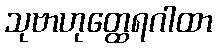
သုဗာဟုတ္ထေရဂါထာ